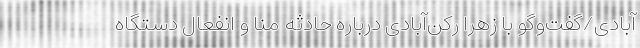
‌آبادی/گفت‌وگو با زهرا رکن‌آبادی درباره حادثه منا و انفعال دستگاه